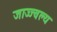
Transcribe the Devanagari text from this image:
जाज्ज्वल्य